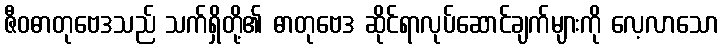
ဇီဝဓာတုဗေဒသည် သက်ရှိတို့၏ ဓာတုဗေဒ ဆိုင်ရာလုပ်ဆောင်ချက်များကို လေ့လာသော